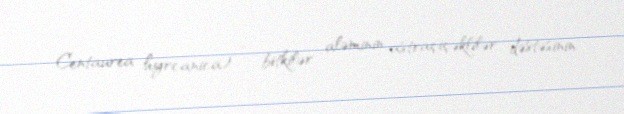
Centaurea hyrcanica) — bitkilər aləminin astraçiçəklilər dəstəsinin